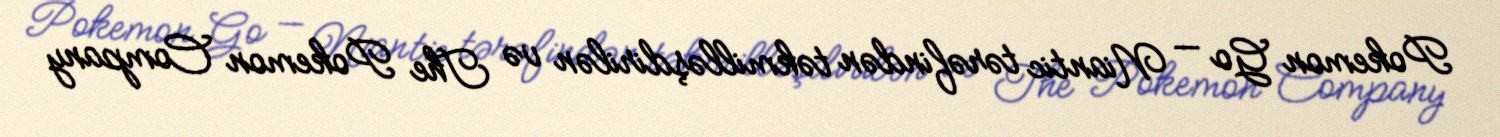
Pokemon Go — Niantic tərəfindən təkmilləşdirilən və The Pokemon Company